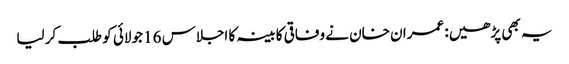
یہ بھی پڑھیں: عمران خان نے وفاقی کابینہ کا اجلاس 16 جولائی کو طلب کر لیا